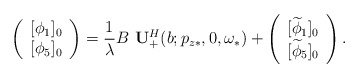
\begin{align*}\left(\begin{array}{c}{[\phi_1]_0}\\ {[\phi_5]_0} \end{array}\right) = \frac{1}{\lambda}B\,\,\mathbf{U}^H_+(b; p_{z*},0,\omega_*) + \left(\begin{array}{c} {[\widetilde{\phi}_1]_0}\\ {[\widetilde{\phi}_5]_0} \end{array}\right).\end{align*}